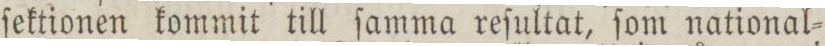
ſektionen kommit till ſamma reſultat, ſom national=